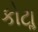
કોટાૢ